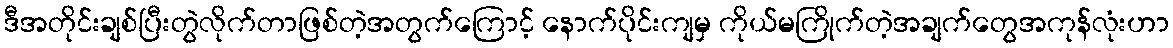
ဒီအတိုင်းချစ်ပြီးတွဲလိုက်တာဖြစ်တဲ့အတွက်ကြောင့် နောက်ပိုင်းကျမှ ကိုယ်မကြိုက်တဲ့အချက်တွေအကုန်လုံးဟာ